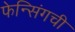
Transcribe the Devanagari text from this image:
फेन्सिंगची